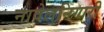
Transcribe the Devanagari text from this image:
नावेलनिगारी